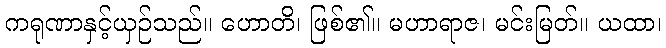
ကရုဏာနှင့်ယှဉ်သည်။ ဟောတိ၊ ဖြစ်၏။ မဟာရာဇ၊ မင်းမြတ်။ ယထာ၊